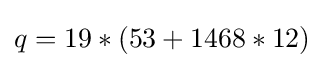
q=19*(53+1468*12)